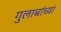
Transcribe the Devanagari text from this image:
गुलाबांच्या